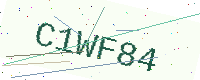
Text: C1WF84